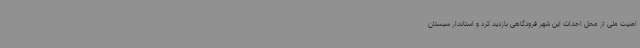
امنیت ملی از محل احداث این شهر فرودگاهی بازدید کرد و استاندار سیستان